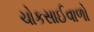
ચોકસાઈવાળો